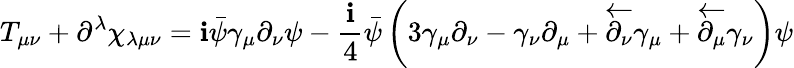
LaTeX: T_{\mu\nu}+\partial^{\lambda}\chi_{\lambda\mu\nu}=\mathbf{i}\bar{{\psi}}\gamma_{\mu}\partial_{\nu}\psi-\frac{{\mathbf{i}}}{{4}}\bar{{\psi}}\left(3\gamma_{\mu}\partial_{\nu}-\gamma_{\nu}\partial_{\mu}+\overleftarrow{{\partial_{\nu}}}\gamma_{\mu}+\overleftarrow{{\partial_{\mu}}}\gamma_{\nu}\right)\psi